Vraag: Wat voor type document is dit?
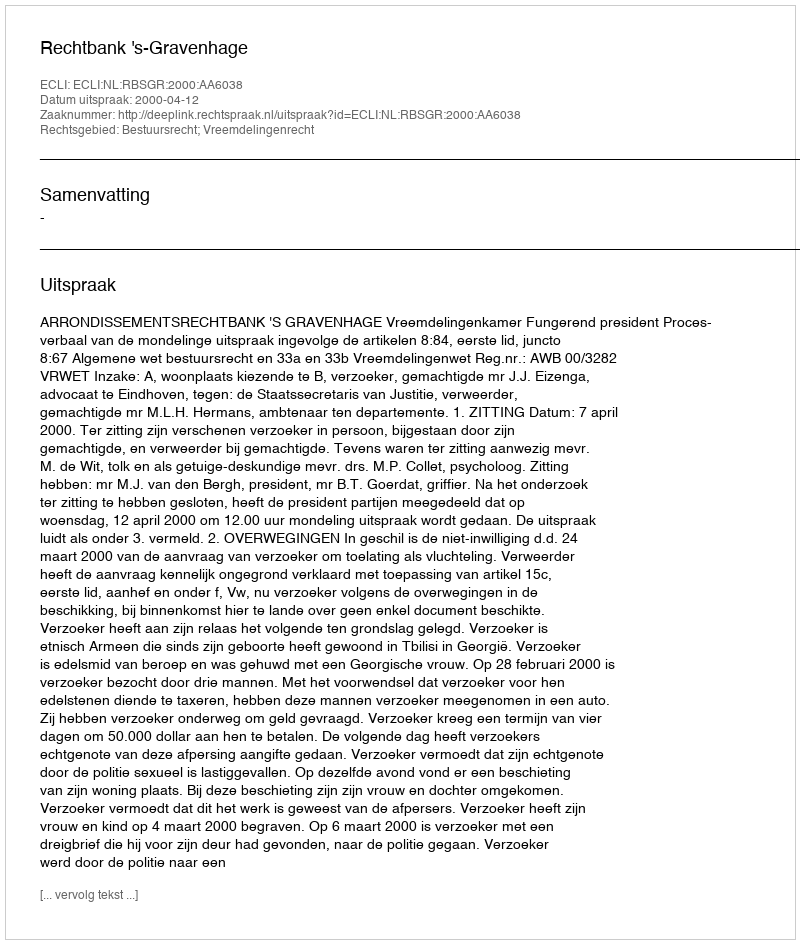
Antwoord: Uitspraak